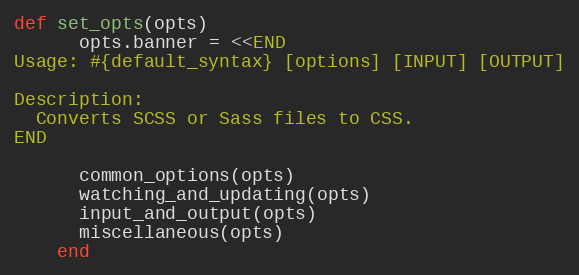
Language: Ruby
def set_opts(opts)
      opts.banner = <<END
Usage: #{default_syntax} [options] [INPUT] [OUTPUT]

Description:
  Converts SCSS or Sass files to CSS.
END

      common_options(opts)
      watching_and_updating(opts)
      input_and_output(opts)
      miscellaneous(opts)
    end